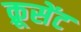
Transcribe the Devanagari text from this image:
क्रूसेंट